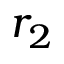
r _ { 2 }